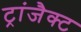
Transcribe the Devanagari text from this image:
ट्रांजैक्ट